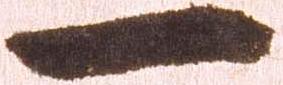
一